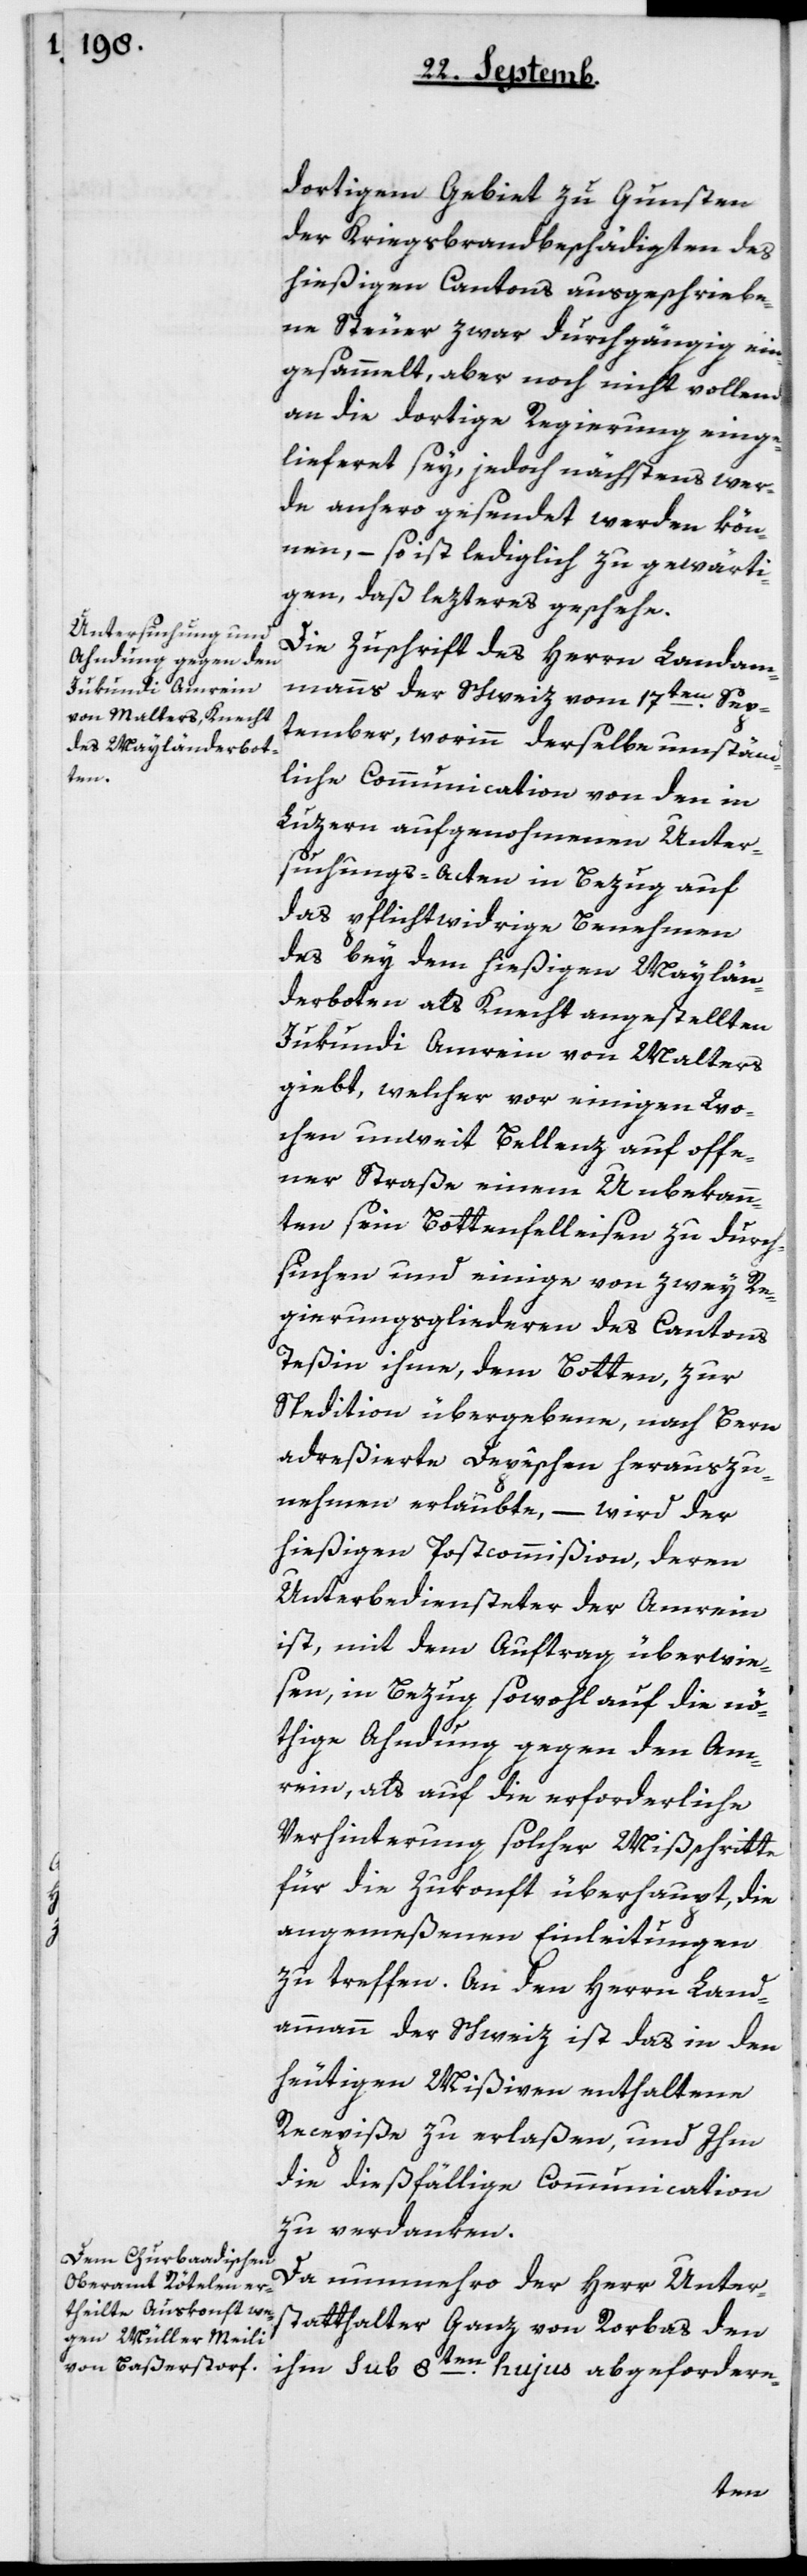
dortigem Gebiet zu Gunsten
der Kriegsbrandbeschädigten des
hießigen Cantons ausgeschriebe¬
ne Steuer zwar durchgängig ein¬
gesammelt, aber noch nicht vollends
an die dortige Regierung einge¬
liefert sey, jedoch nächstens wer¬
de anhero gesendet werden kön¬
nen, – so ist lediglich zu gewärti¬
gen, daß lezteres geschehe.
Die Zuschrift des Herrn Landam¬
manns der Schweiz vom 17ten Sep¬
tember, worinn derselbe umständ¬
liche Communication von den in
Luzern aufgenohmenen Unter¬
suchungs-Acten in Bezug auf
das pflichtwidrige Benehmen
des bey dem hießigen Mailän¬
derboten als Knecht angestellten
Jukundi Amrein von Malters
gibt, welcher vor einigen Wo¬
chen unweit Bellenz auf offe¬
ner Straße einem Unbekann¬
ten sein Botenfelleisen zu durch¬
suchen und einige von zwey Re¬
gierungsgliederen des Cantons
Teßin ihme, dem Boten, zur
Spedition übergebene, nach Bern
adreßierte Depêchen herauszu¬
nehmen erlaubte, – wird der
hießigen Postcommißion, deren
Unterbediensteter der Amrein
ist, mit dem Auftrag überwie¬
sen, in Bezug sowohl auf die nö¬
thige Ahndung gegen den Am¬
rein, als auch die erforderliche
Verhinterung solcher Mißschritte
für die Zukonft überhaupt, die
angemeßenen Einleitungen
zu treffen. An den Herrn Land¬
ammann der Schweiz ist das in den
heutigen Mißiven enthaltene
Recepiße zu erlaßen, und ihm
die dießfällige Communication
zu verdanken.
Da nunmehro der Herr Unter¬
statthalter Ganz von Rorbas den
ihm sub 8ten hujus abgefordere-